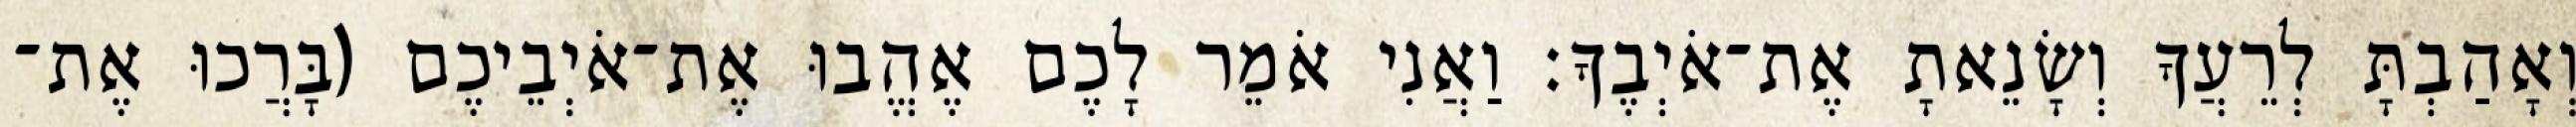
וְאָהַבְתָּ לְרֵעֲךָ וְשָׂנֵאתָ אֶת־אֹיְבֶךָ׃ וַאֲנִי אֹמֵר לָכֶם אֶהֱבוּ אֶת־אֹיְבֵיכֶם (בָּרֲכוּ אֶת־